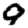
Digit: 9